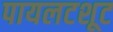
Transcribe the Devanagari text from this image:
पायलटशूट